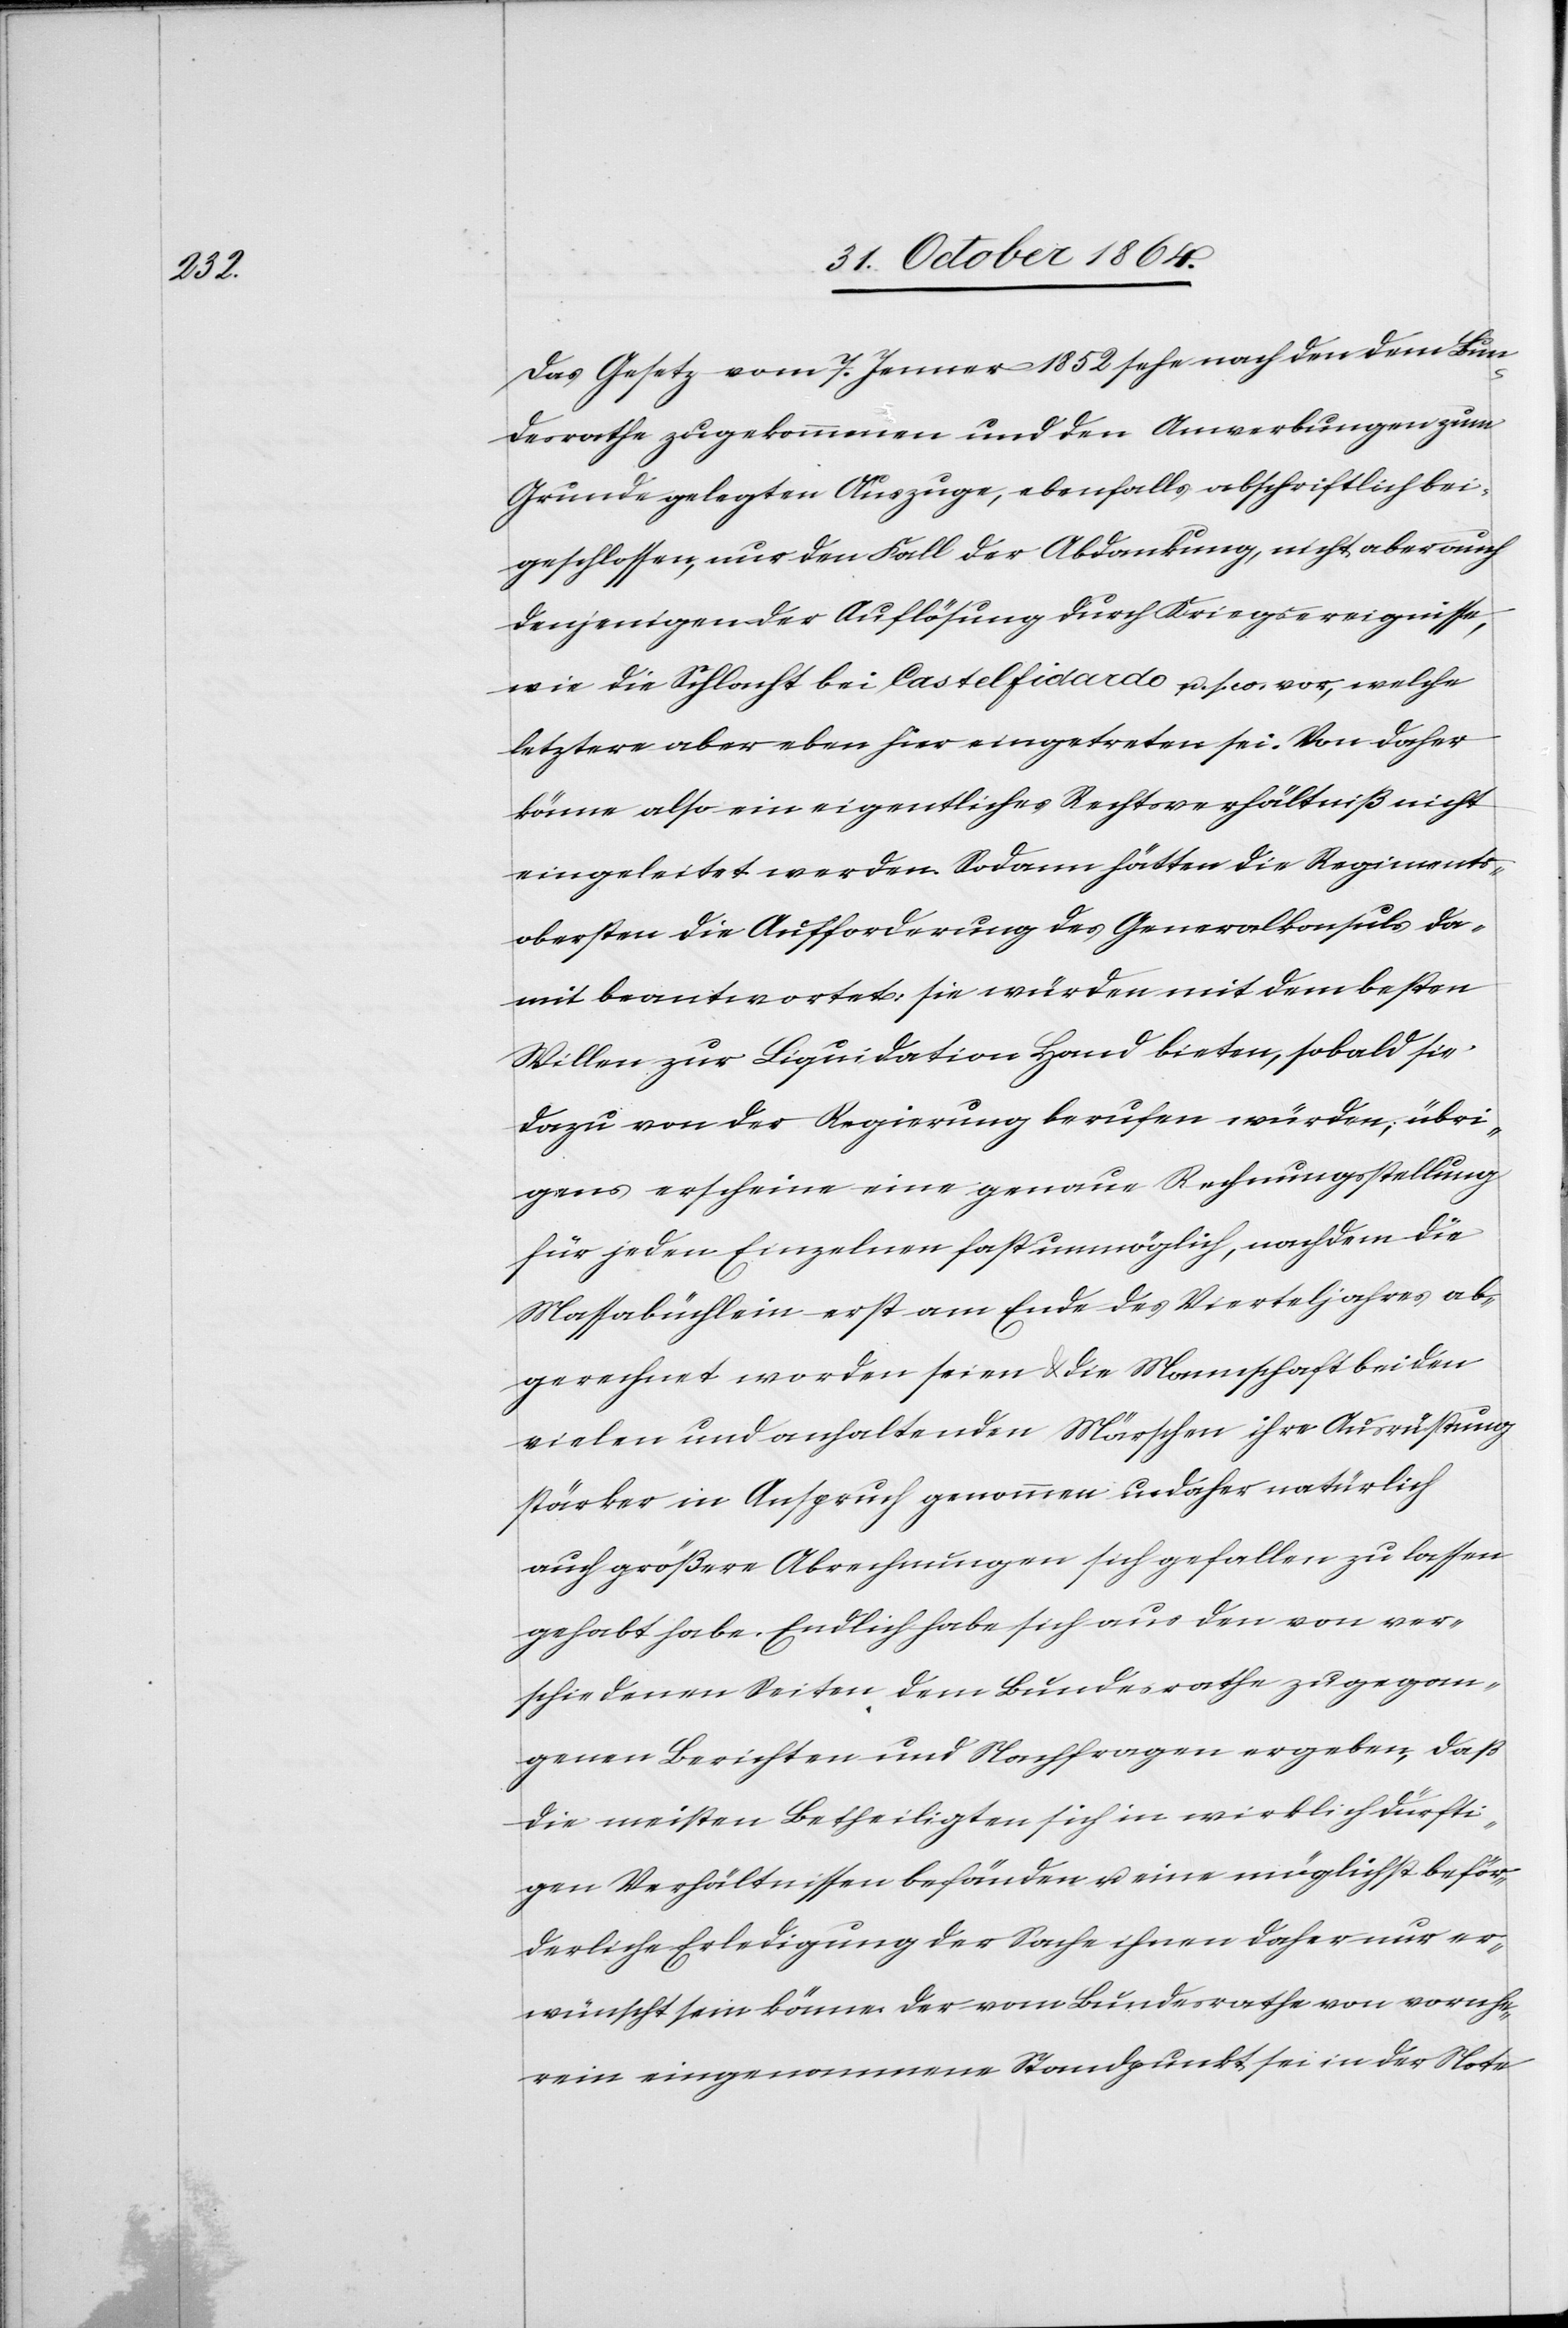
Das Gesetz vom 7. Jenner 1852 sehe nach den dem Bun¬
desrathe zugekommenen und den Anwerbungen zum
Grunde gelegten Auszuge [sic!], ebenfalls abschriftlich bei¬
geschlossen, nur den Fall der Abdankung, nicht aber auch
denjenigen der Auflösung durch Kriegsereignisse,
wie die Schlacht bei Castelfidardo u. s. w. vor, welche
letztere aber eben hier eingetreten sei. Von daher
könne also ein eigentliches Rechtsverhältniß nicht
eingeleitet werden. Sodann hätten die Regiments¬
obersten die Aufforderung des Generalkonsuls da¬
mit beantwortet: sie würden mit dem besten
Willen zur Liquidation Hand bieten, sobald sie
dazu von der Regierung berufen würden; übri¬
gens erscheine eine genaue Rechnungsstellung
für jeden Einzelnen fast unmöglich, nachdem die
Massabüchlein erst am Ende des Vierteljahres ab¬
gerechnet worden seien & die Mannschaft bei den
vielen und anhaltenden Märschen ihre Ausrüstung
stärker in Anspruch genommen u. daher natürlich
auch größere Abrechnungen sich gefallen zu lassen
gehabt habe. Endlich habe sich aus den von ver¬
schiedenen Seiten dem Bundesrathe zugegan¬
genen Berichten und Nachfragen ergeben, daß
die meisten Betheiligten sich in wirklich dürfti¬
gen Verhältnissen befänden u. eine möglichst beför¬
derliche Erledigung der Sache ihnen daher nur er¬
wünscht sein könne. Der vom Bundesrathe von vornhe¬
rein eingenommene Standpunkt sei in der Note